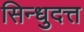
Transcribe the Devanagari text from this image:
सिन्धुदत्त